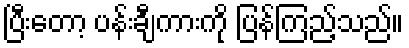
ပြီးတော့ ပန်းချီကားကို ပြန်ကြည့်သည်။